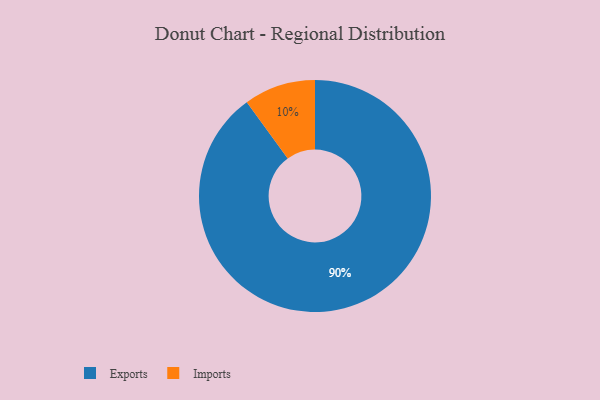
{"axis": {"x": "Category", "y": "Percentage"}, "legend": ["Exports", "Imports"], "data": [{"x": "Exports", "y": 90, "type": "Exports"}, {"x": "Imports", "y": 10, "type": "Imports"}]}